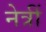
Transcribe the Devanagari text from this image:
नेत्रीं